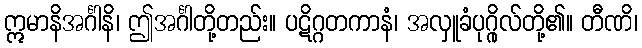
ဣမာနိအင်္ဂါနိ၊ ဤအင်္ဂါတို့တည်း။ ပဋိဂ္ဂတကာနံ၊ အလှူခံပုဂ္ဂိုလ်တို့၏။ တီဏိ၊